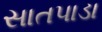
સાતપાડા